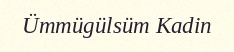
Ümmügülsüm Kadin